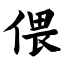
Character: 偎